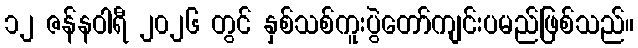
၁၂ ဇန်နဝါရီ ၂၀၂၆ တွင် နှစ်သစ်ကူးပွဲတော်ကျင်းပမည်ဖြစ်သည်။